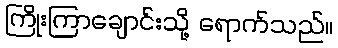
ကြိုးကြာချောင်းသို့ ရောက်သည်။